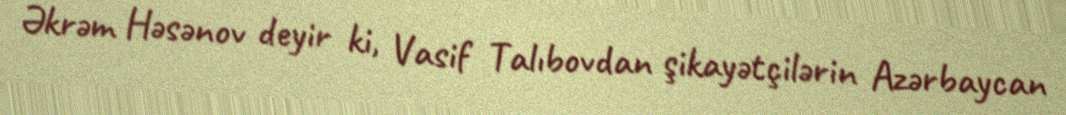
Əkrəm Həsənov deyir ki, Vasif Talıbovdan şikayətçilərin Azərbaycan